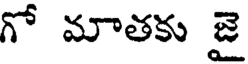
గో మాతకు జై